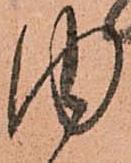
内